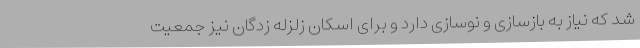
شد که نیاز به بازسازی و نوسازی دارد و برای اسکان زلزله زدگان نیز جمعیت